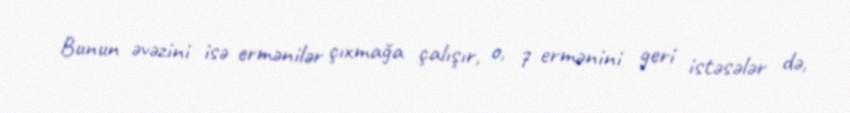
Bunun əvəzini isə ermənilər çıxmağa çalışır, o, 7 ermənini geri istəsələr də,